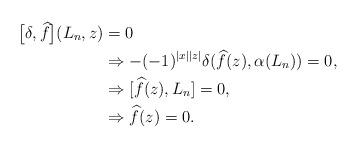
LaTeX: \begin{align*}\big[ \delta,\widehat{f}\big](L_n,z)&=0\\&\Rightarrow -(-1)^{|x||z|}\delta(\widehat{f}(z),\alpha(L_n))=0,\\&\Rightarrow[\widehat{f}(z),L_{n}]=0, \\&\Rightarrow \widehat{f}(z)=0.\end{align*}